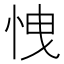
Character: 𢘽